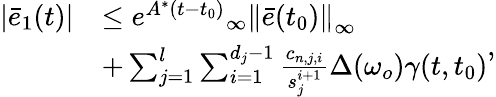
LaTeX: \begin{array}{rl}{\left|{{{\bar{e}}_{1}}(t)}\right|}&{\le{e^{{A^{*}}(t-{t_{0}})}}{_\infty}{\left\| {\bar{e}({t_{0}})}\right\| _{\infty}}}\\ &{+\sum_{j=1}^{l}{\sum_{i=1}^{{d_{j}}-1}{\frac{{{c_{n,j,i}}}}{{s_{j}^{i+1}}}\Delta({\omega_{o}})}}\gamma(t,{t_{0}})}\end{array},